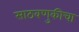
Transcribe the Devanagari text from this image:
साठवणुकीचा